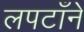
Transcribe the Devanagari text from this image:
लपटाँने